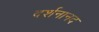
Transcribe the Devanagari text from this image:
दर्शनानद